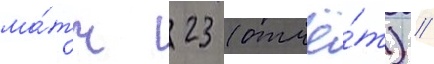
ма́тч 23 (отчё́т) //